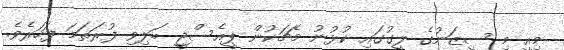
މިއީ މި ސީޒަނުގެ ލީގުގައި ކުޅުނު މެޗަކުން ޕީއެސްޖީ ބަލިވި ފުރަތަމަ ފަހަރެވެ.